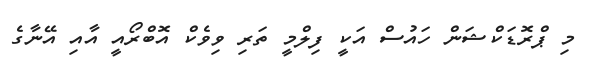
މި ޕްރޮޑަކްޝަން ހައުސް އަކީ ފިލްމީ ތަރި ވިވެކް އޮބްރޯއީ އާއި އޭނާގެ